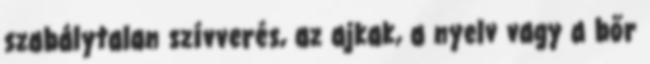
szabálytalan szívverés, az ajkak, a nyelv vagy a bőr